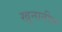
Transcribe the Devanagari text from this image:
खुनातील